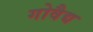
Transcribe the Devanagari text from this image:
गोवैद्य